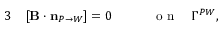
\begin{array} { r l r } { { 3 } } & { { } [ { \mathbf B } \cdot \mathbf { n } _ { P \rightarrow W } ] = 0 \qquad } & { \mathrm { ~ o ~ n ~ } \quad \Gamma ^ { P W } , } \end{array}